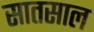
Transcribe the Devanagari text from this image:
सातसाल